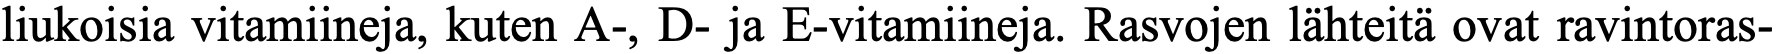
liukoisia vitamiineja, kuten A-, D- ja E-vitamiineja. Rasvojen lähteitä ovat ravintoras-